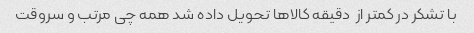
با تشکر در کمتر از  دقیقه کالاها تحویل داده شد همه چی مرتب و سروقت